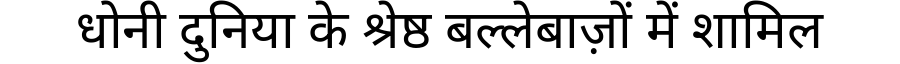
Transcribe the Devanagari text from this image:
धोनी दुनिया के श्रेष्ठ बल्लेबाज़ों में शामिल